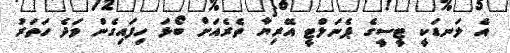
އެ ލަނޑަކީ ޓީސީގެ ޕެނަލްޓީ އޭރިޔާ ތެރެއަށް ބޯޅަ ހިފައިގެން ވަދެ ހަތަރު